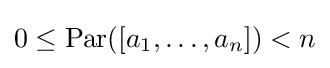
0\leq {\text{Par}}([a_{1},\dots ,a_{n}])<n